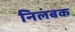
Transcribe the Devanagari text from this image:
निलंबक